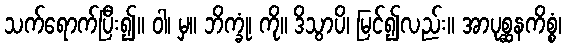
သက်ရောက်ပြီး၍။ ဝါ၊ မှ။ ဘိက္ခုံ၊ ကို။ ဒိသွာပိ၊ မြင်၍လည်း။ အာပုစ္ဆနကိစ္စံ၊